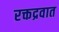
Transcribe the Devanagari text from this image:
रक्तद्रवात